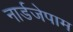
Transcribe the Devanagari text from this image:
नार्डजेपाम